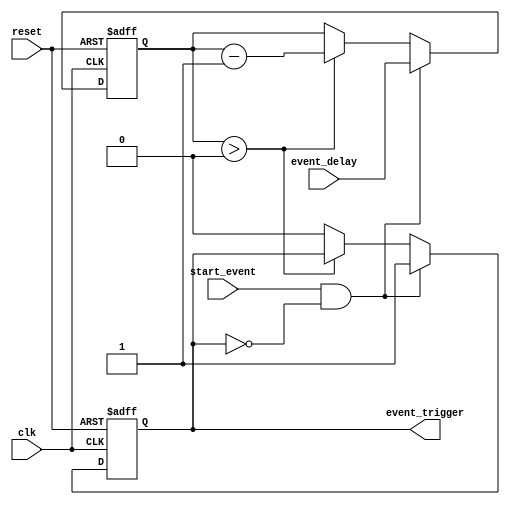
module event_timer(
    input wire clk,
    input wire reset,
    input wire start_event,
    input wire [7:0] event_delay,
    output wire event_trigger
);

reg [7:0] counter;
reg event_active;

always @(posedge clk or posedge reset) begin
    if (reset) begin
        counter <= 0;
        event_active <= 0;
    end else begin
        if (start_event && !event_active) begin
            counter <= event_delay;
            event_active <= 1;
        end else begin
            if (counter > 0) begin
                counter <= counter - 1;
            end else begin
                event_active <= 0;
            end
        end
    end
end

assign event_trigger = event_active;

endmodule